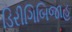
ડિરીગિબિજાહ